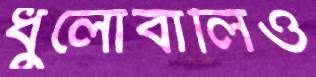
ধুলোবালিও